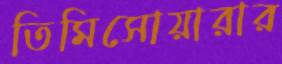
তিমিসোয়ারার